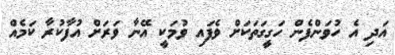
އަދި އެ ހުވަންފެން ހަގީގަތަކަށް ވެފައި ވުމަކީ އޭނާ ވަރަށް އުފާކުރާ ކަމެއް